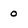
Character: 0